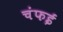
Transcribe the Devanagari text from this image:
चंफई